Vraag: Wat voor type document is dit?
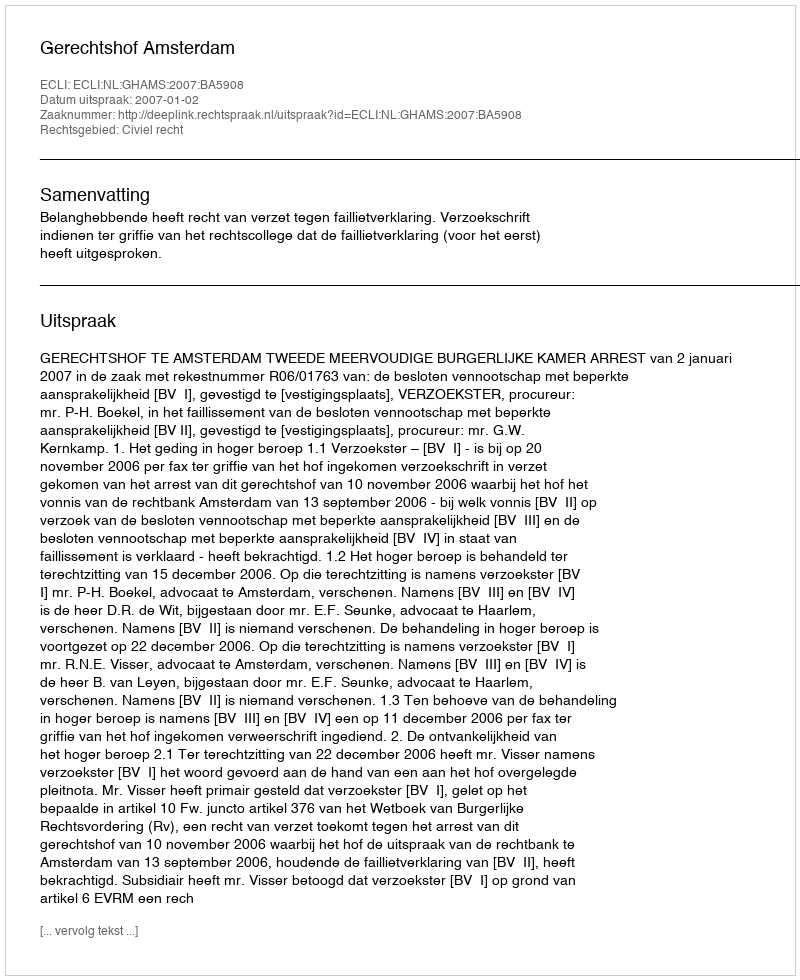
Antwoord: Uitspraak